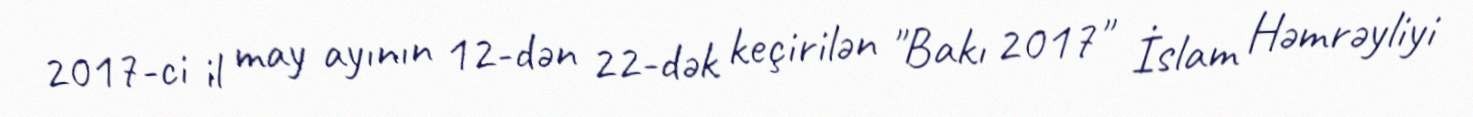
2017-ci il may ayının 12-dən 22-dək keçirilən "Bakı 2017" İslam Həmrəyliyi